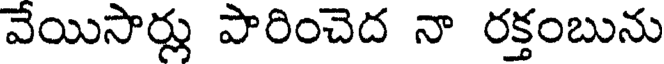
వేయిసార్లు పారించెద నా రక్తంబును